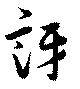
訝